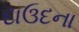
દાઉદના